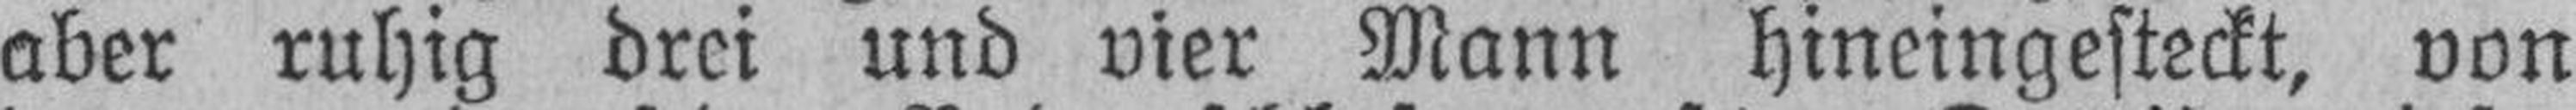
aber ruhig drei und vier Mann hineingesteckt, von